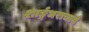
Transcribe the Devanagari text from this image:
शार्ङ्गधराचार्य